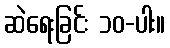
ဆဲရေးခြင်း ၁၀-ပါး။